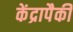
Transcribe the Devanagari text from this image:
केंद्रापैकी